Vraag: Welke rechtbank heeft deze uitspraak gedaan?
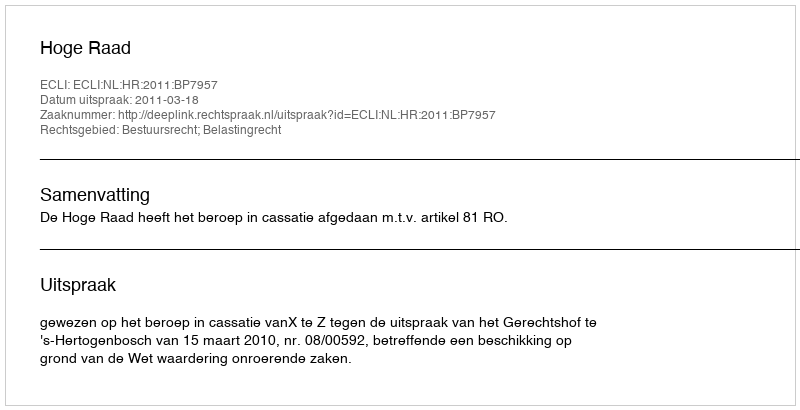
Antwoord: Hoge Raad